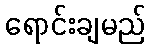
ရောင်းချမည်